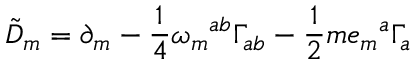
{ \tilde { D } } _ { m } = \partial _ { m } - \frac { 1 } { 4 } \omega _ { m } { } ^ { a b } \Gamma _ { a b } - \frac { 1 } { 2 } m e _ { m } { } ^ { a } \Gamma _ { a }